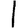
Digit: 1